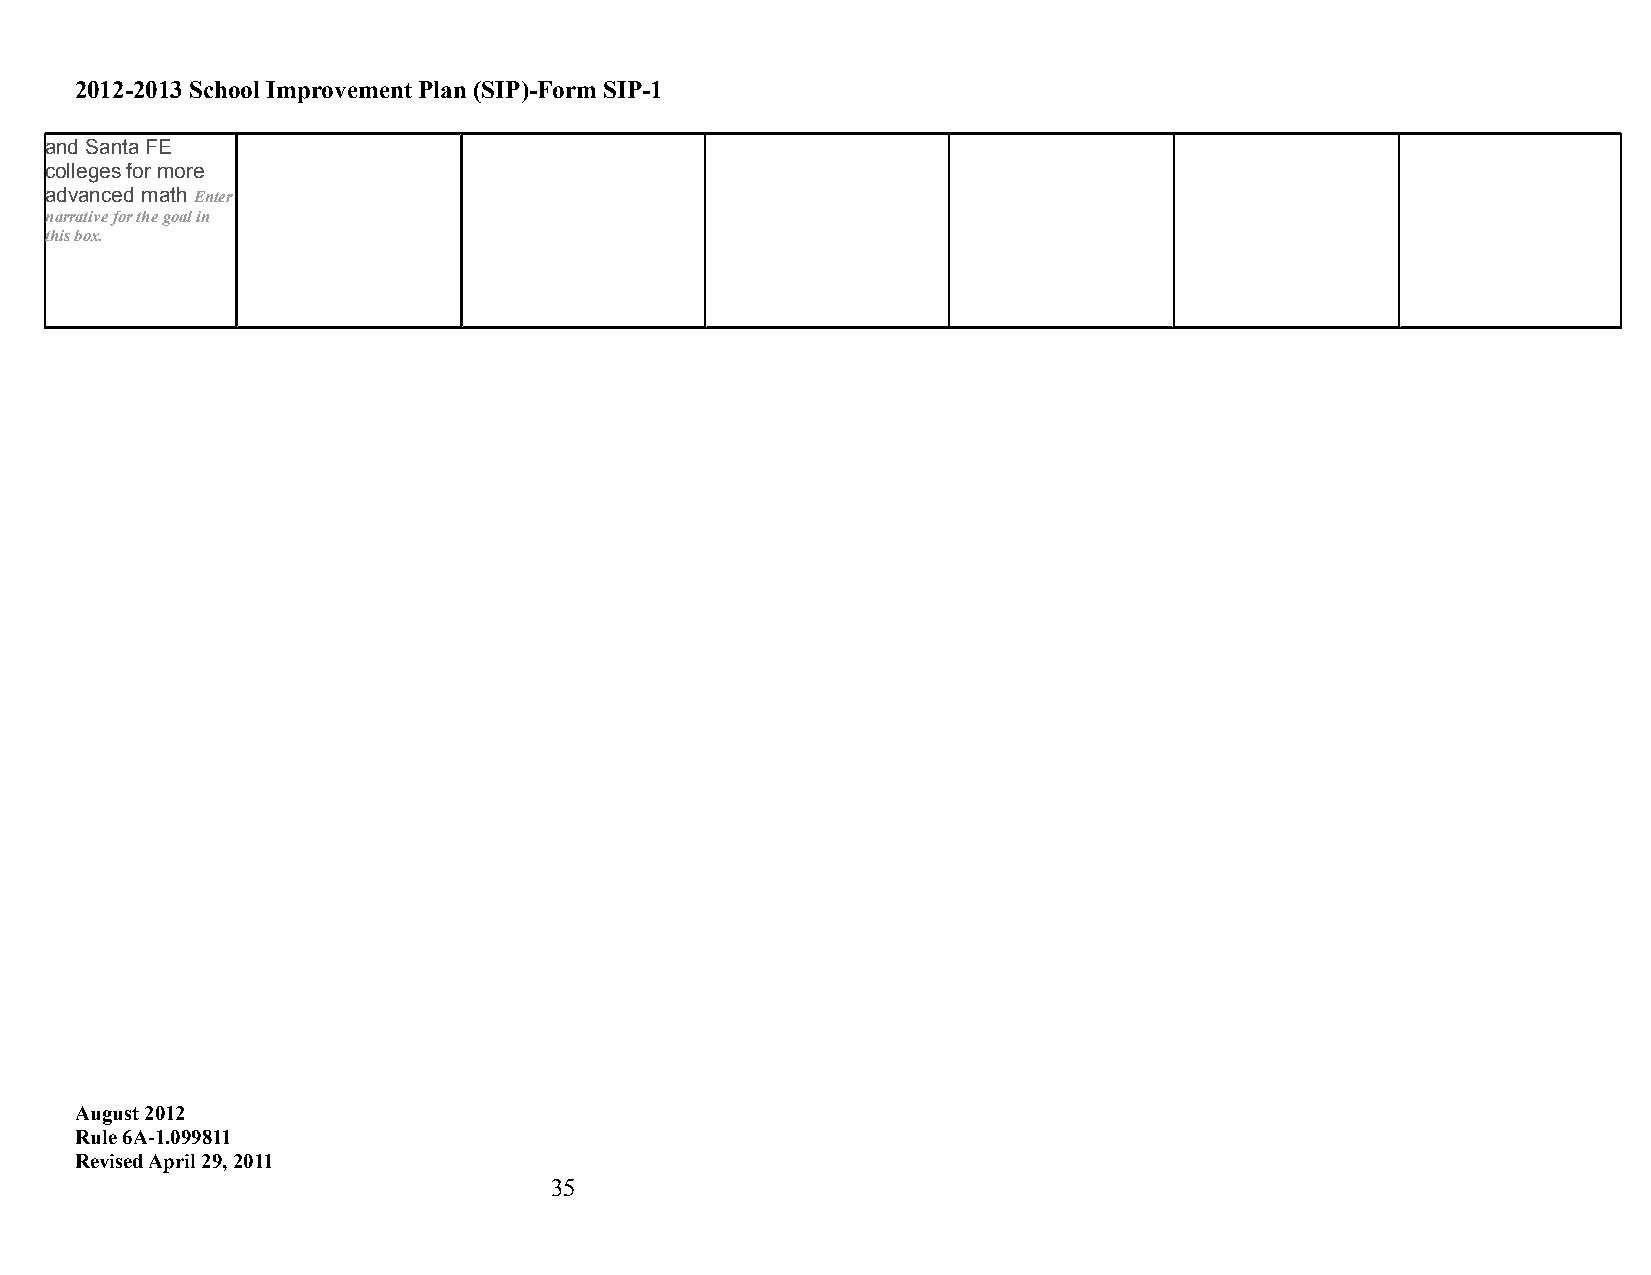
2012-2013 School Improvement Plan (SIP)-Form SIP-1
 and Santa FE
 colleges for more
 advanced math Enter
 narrative for the goal in
 this box.
 August 2012
 Rule 6A-1.099811
 Revised April 29, 2011
 35